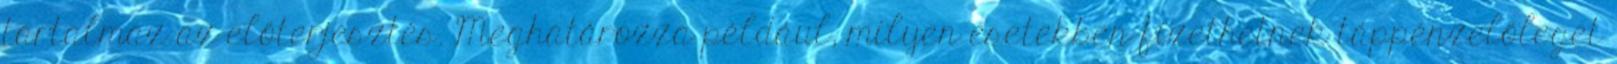
tartalmaz az előterjesztés. Meghatározza például, milyen esetekben fizethetnek táppénzelőleget